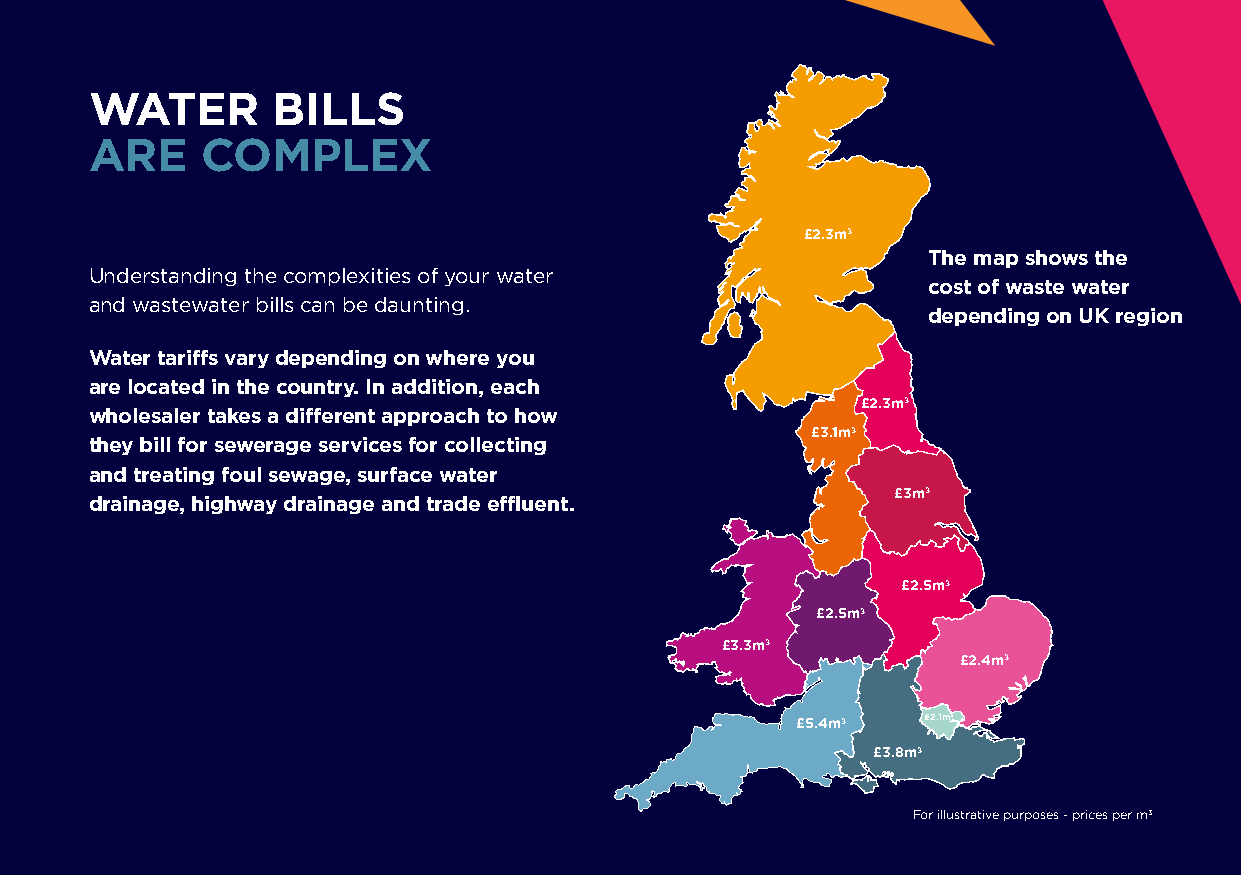
WATER       BILLS
 ARE    COMPLEX
 £2.3m±
 The map shows the
 Understanding the complexities of your water
 cost of waste water
 and wastewater bills can be daunting.
 depending on UK region
 Water tariffs vary depending on where you
 are located in the country. In addition, each
 £2.3m±
 wholesaler takes a different approach to how
 £3.1m±
 they bill for sewerage services for collecting
 and treating foul sewage, surface water
 £3m±
 drainage, highway drainage and trade effluent.
 £2.5m±
 £2.5m±
 £3.3m±
 £2.4m±
 £5.4m±  £2.1m3
 £3.8m±
 For illustrative purposes - prices per m3